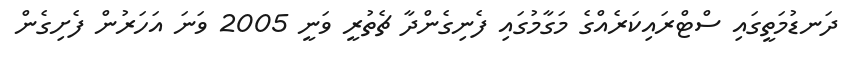
ދަނޑުމަތީގައި ސްޓްރައިކަރެއްގެ މަގާމުގައި ފެނިގެންދާ ޗެތުރީ ވަނީ 2005 ވަނަ އަހަރުން ފެށިގެން